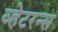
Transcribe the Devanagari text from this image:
व्हेटरन्स